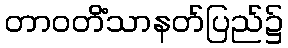
တာဝတိံသာနတ်ပြည်၌